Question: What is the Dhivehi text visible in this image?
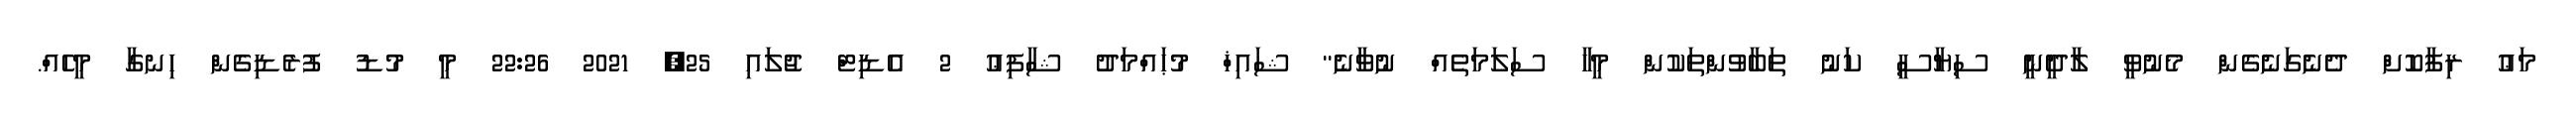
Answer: މަޢު ރިފާކޮށް ދެނެގަނެގެން މެނުވީ ލާދީނީ ސިޔާސީ ކަނު ތަބާވުންތަކުން މީހާ ސަލަމަތެއް ނުވާނެ" ޝައިޚް މުޙައްމަދު ޝާފިޢު 2 އެޑިޓް ޖުލައި 25, 2021 22:26 މީ މުޑު ފުރެޑިގެން ހިނގާ މީހެއް.